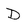
Character: D